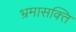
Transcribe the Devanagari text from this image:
भ्रमासक्‍ति